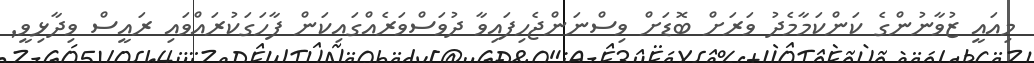
މިއައީ ޒުވާނުންގެ ކަންކަމާމެދު ވަރަށް ބޮޑަށް ވިސްނަންޖެހިފައިވާ ދުވަސްވަރެއްގައިކަން ފާހަގަކުރައްވައި ރައީސް ވިދާޅިވީ